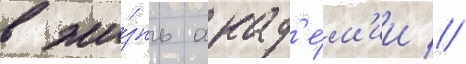
в жи́знь акад'е́м'ии //